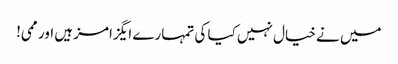
میں نے خیال نہیں کیا کی تمہارے ایگزامز ہیں اور ممی!